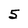
Character: 5